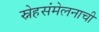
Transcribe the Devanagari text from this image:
स्नेहसंमेलनाची